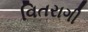
વિતરાગી